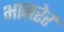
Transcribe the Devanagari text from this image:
भाऩरेर